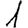
Digit: 1